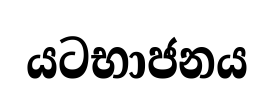
යටභාජනය